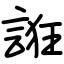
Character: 誑